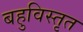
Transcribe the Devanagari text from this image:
बहुविस्तृत